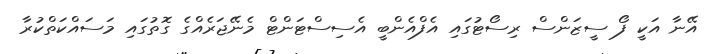
އޭނާ އަކީ ފޯ ސީޒަންސް ރިސޯޓުގައި އެފްއެންބީ އެސިސްޓަންޓް މެނޭޖަރެއްގެ ގޮތުގައި މަސައްކަތްކުރާ